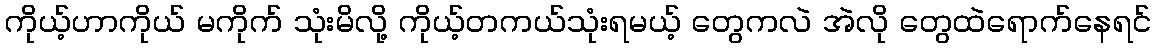
ကိုယ့်ဟာကိုယ် မကိုက် သုံးမိလို့ ကိုယ့်တကယ်သုံးရမယ့် တွေကလဲ အဲလို တွေထဲရောက်နေရင်